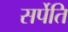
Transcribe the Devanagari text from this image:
सर्पेति